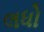
લધો